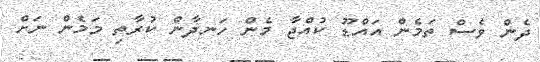
ދެން ވެސް ތަމެން އައްޑޫ ކުއްޖާ މެން ހަނދާން ކުރާތި މަމެން ނަށް